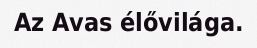
Az Avas élővilága.